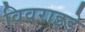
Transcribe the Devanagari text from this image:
विवराइडे